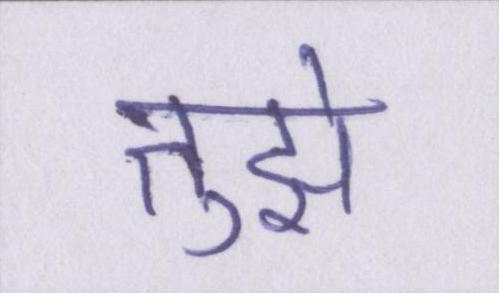
तुझे